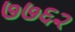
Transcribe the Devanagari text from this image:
७७६२